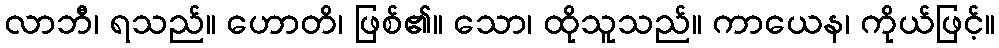
လာဘီ၊ ရသည်။ ဟောတိ၊ ဖြစ်၏။ သော၊ ထိုသူသည်။ ကာယေန၊ ကိုယ်ဖြင့်။